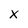
Character: x